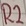
Text: R2